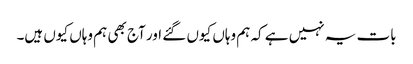
بات یہ نہیں ہے کہ ہم وہاں کیوں گئے اور آج بھی ہم وہاں کیوں ہیں۔